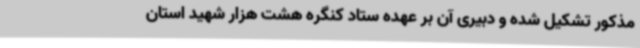
مذکور تشکیل شده و دبیری آن بر عهده ستاد کنگره هشت هزار شهید استان